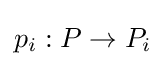
p_{i}:P\to P_{i}